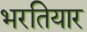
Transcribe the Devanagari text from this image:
भरतियार